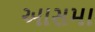
આસમા